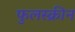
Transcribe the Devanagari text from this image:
फुलस्क्रीन